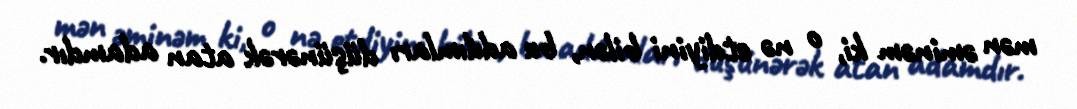
mən əminəm ki, o nə etdiyini bilən, bu addımları düşünərək atan adamdır.